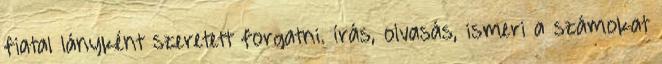
fiatal lányként szeretett forgatni. írás, olvasás, ismeri a számokat